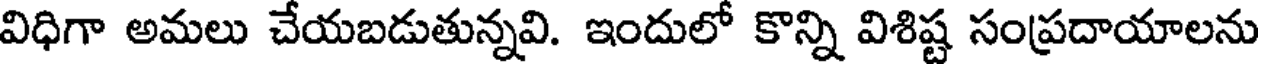
విధిగా అమలు చేయబడుతున్నవి. ఇందులో కొన్ని విశిష్ట సంప్రదాయాలను